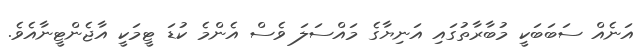
އަނެއް ސަބަބަކީ މުބާރާތުގައި އަނިޔާގެ މައްސަލަ ވެސް އެންމެ ކުޑަ ޓީމަކީ އާޖެންޓީނާއެވެ.